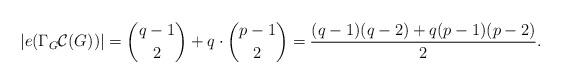
LaTeX: \begin{align*} |e(\Gamma_{G}\mathcal{C}(G))|=\binom{q-1}{2}+ q \cdot \binom{p-1}{2} = \dfrac{(q-1)(q-2)+q(p-1)(p-2)}{2}.\end{align*}